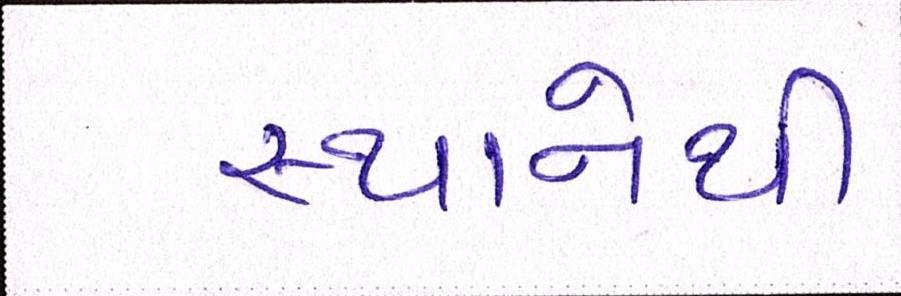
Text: સ્થાનેથી